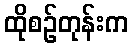
ထိုစဉ်တုန်းက